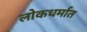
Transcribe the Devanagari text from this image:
लोकधर्मात